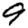
Digit: 9